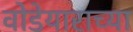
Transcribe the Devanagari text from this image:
वोडेयाराच्या